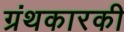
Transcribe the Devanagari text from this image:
ग्रंथकारकी